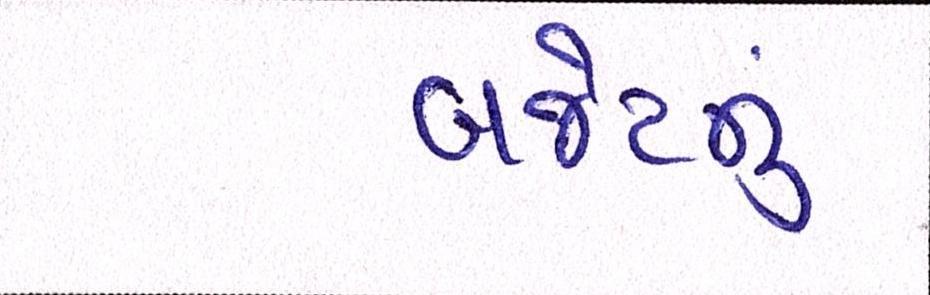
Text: બજેટનું